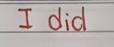
I did